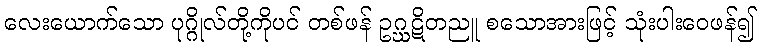
လေးယောက်သော ပုဂ္ဂိုလ်တို့ကိုပင် တစ်ဖန် ဥဂ္ဃဋိတညူ စသောအားဖြင့် သုံးပါးဝေဖန်၍